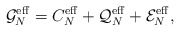
\begin{align*}\mathcal{G}_N^\mathrm{eff}=C_N^\mathrm{eff}+\mathcal{Q}_N^\mathrm{eff}+\mathcal{E}_N^\mathrm{eff},\end{align*}